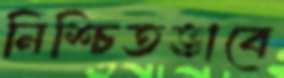
নিশ্চিতভাবে